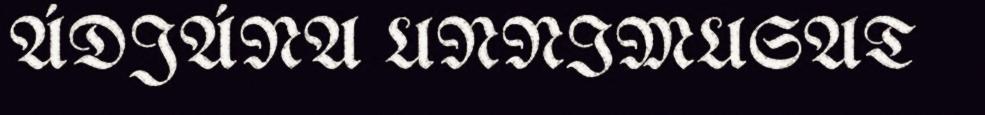
ÁDJÁNA UNNIMUSAT